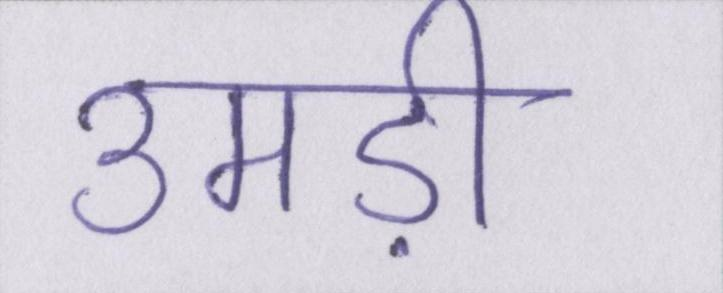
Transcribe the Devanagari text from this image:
उमड़ी